Lunatic asylums United Provinces 1909-1921 - 1909-1921
Year: 1909
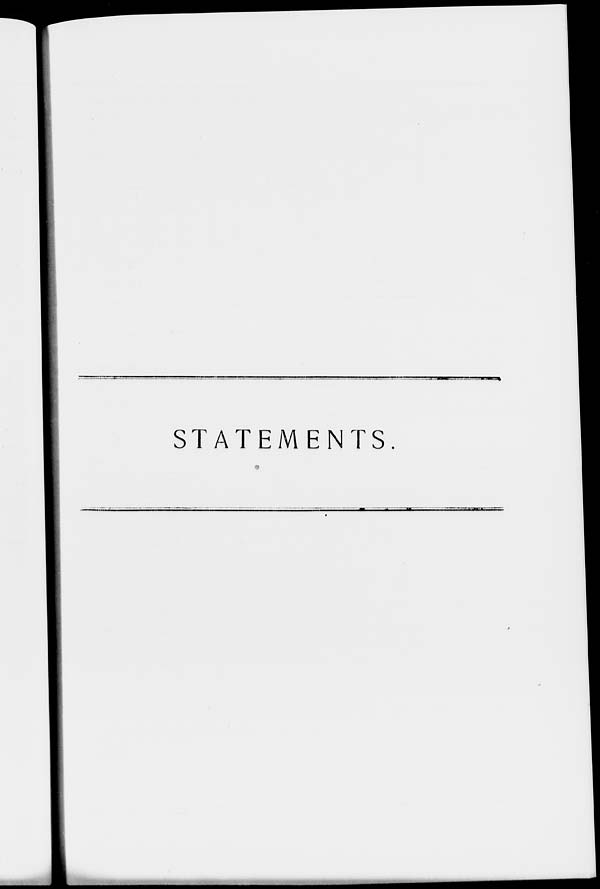
STATEMENTS.